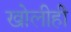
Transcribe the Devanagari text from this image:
खोलीही